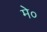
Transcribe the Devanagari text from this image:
मे०